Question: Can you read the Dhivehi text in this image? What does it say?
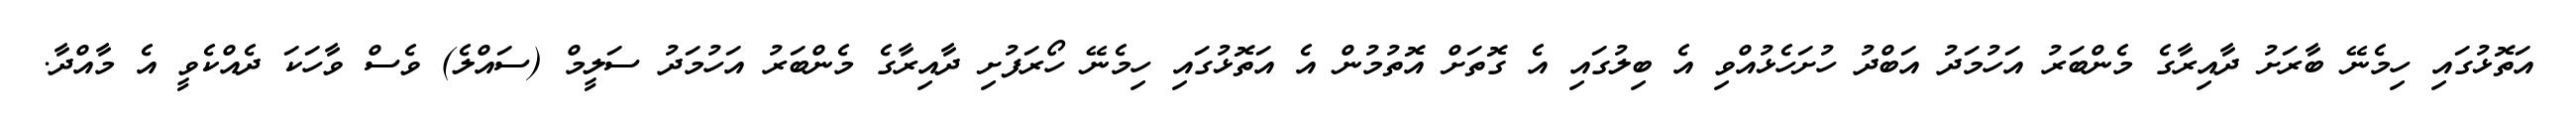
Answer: އަތޮޅުގައި ހިމެނޭ ބާރަށު ދާއިރާގެ މެންބަރު އަހުމަދު އަބްދު ހުށަހެޅުއްވި އެ ބިލުގައި އެ ގޮތަށް އޮތުމުން އެ އަތޮޅުގައި ހިމެނޭ ހޯރަފުށި ދާއިރާގެ މެންބަރު އަހުމަދު ސަލީމް (ސައްލެ) ވެސް ވާހަކަ ދެއްކެވީ އެ މާއްދާ.